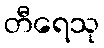
တီရေသု